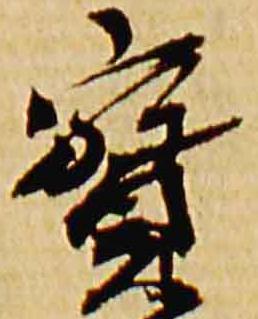
宝